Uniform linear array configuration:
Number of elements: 48
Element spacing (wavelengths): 0.5
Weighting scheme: blackman
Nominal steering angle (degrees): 30
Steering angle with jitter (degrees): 31.574
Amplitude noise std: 0.05
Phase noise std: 0.05

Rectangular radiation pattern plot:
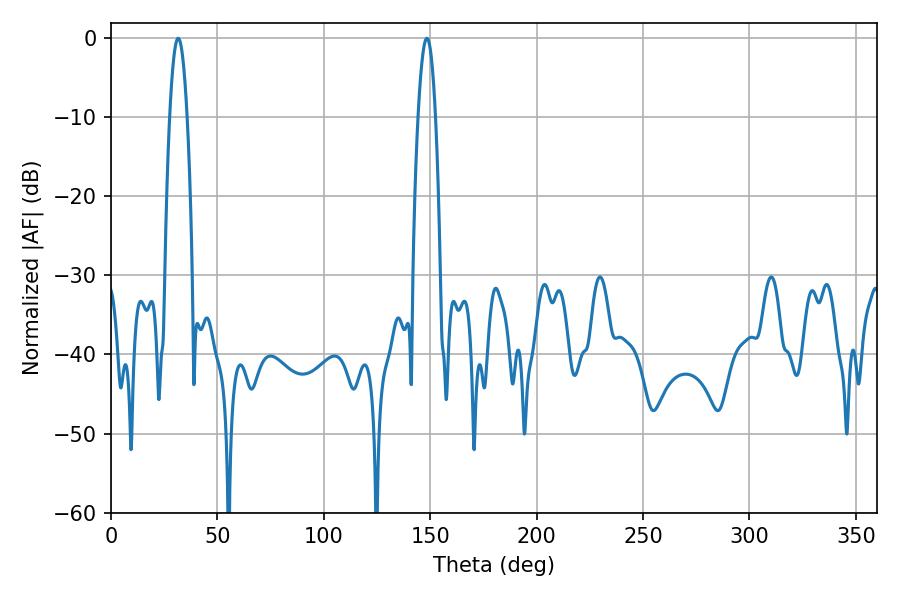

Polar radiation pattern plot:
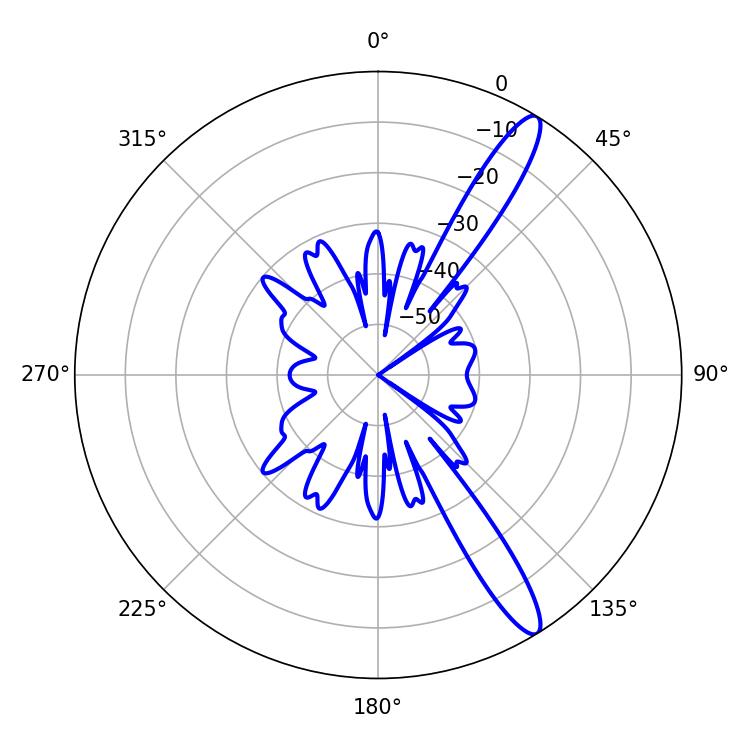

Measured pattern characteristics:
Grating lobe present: FALSE
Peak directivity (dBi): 13.515
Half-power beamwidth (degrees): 4.5
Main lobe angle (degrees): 148.5